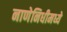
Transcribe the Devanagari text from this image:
नाणेनिधीमध्ये